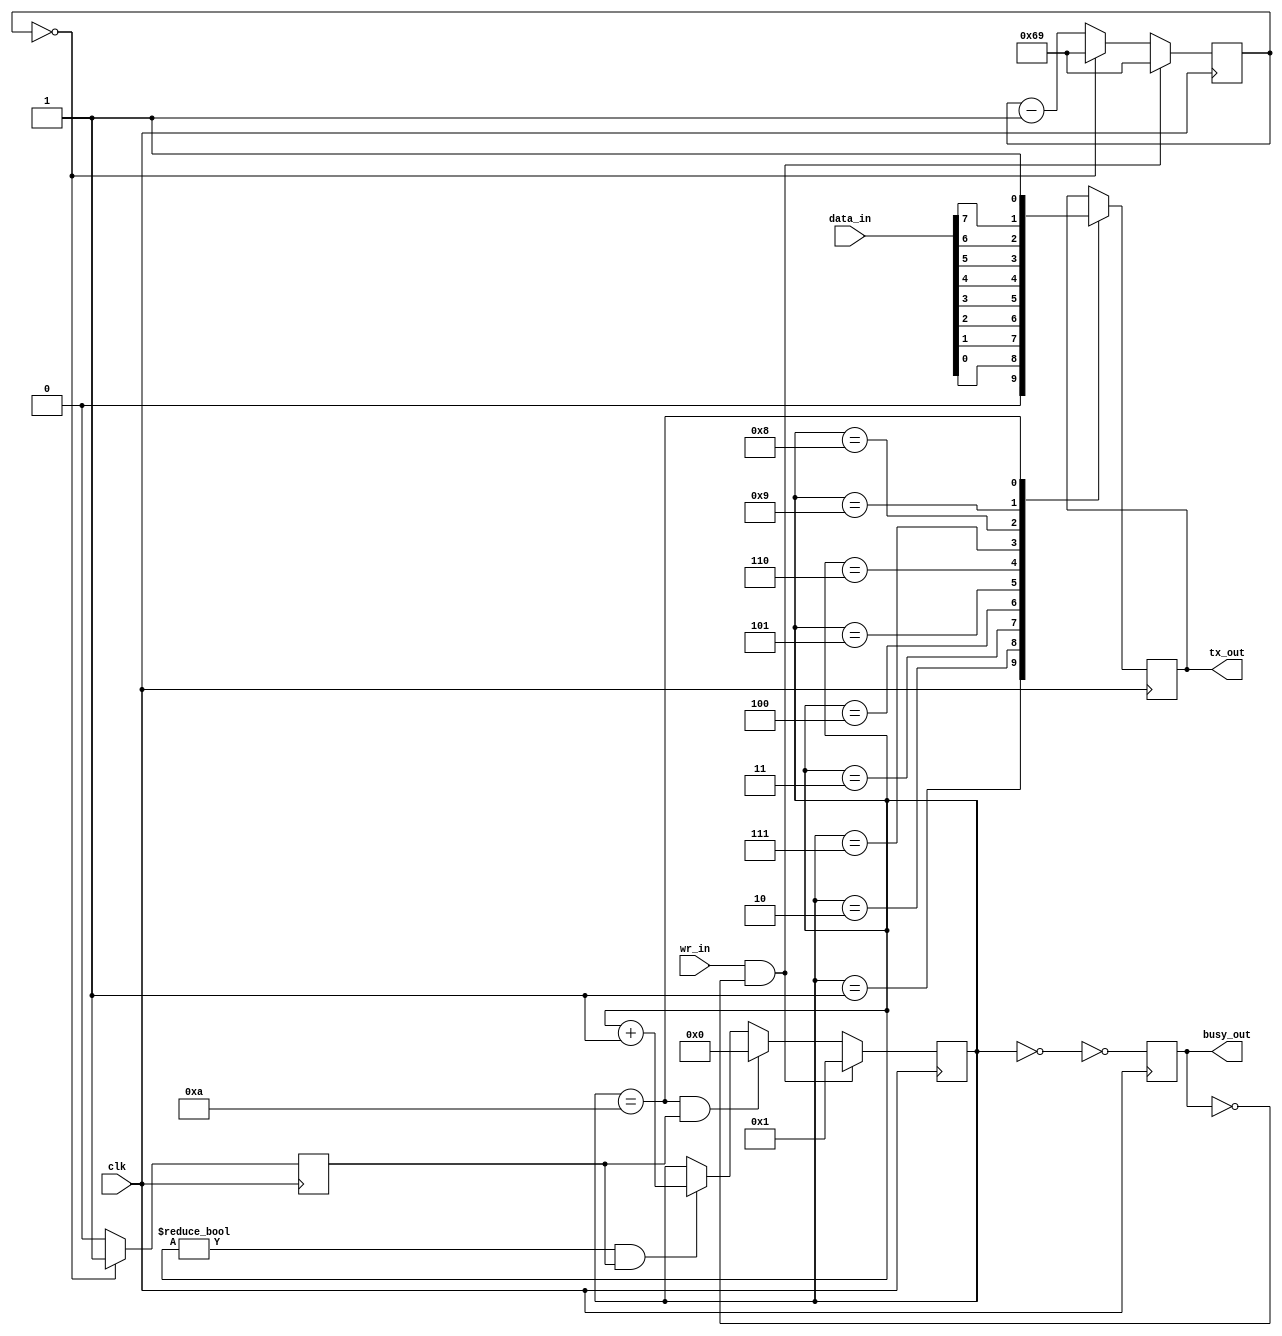
`timescale 1ns / 1ps
`default_nettype none
//////////////////////////////////////////////////////////////////////////////////
// Company: 
// Engineer: 
// 
// Design Name: 
// Module Name: txuart
// Project Name: 
// Target Devices: 
// Tool Versions: 
// Description: 
// 
// Dependencies: 
// 
// Revision:
// Revision 0.01 - File Created
// Additional Comments:
// 
//////////////////////////////////////////////////////////////////////////////////

/* 
    data_in: data inputs
    wr_in: write enable
    tx_out: data outputs
    busy_out: writing in progress
*/

module txuart(clk, wr_in, data_in, tx_out, busy_out);

    input wire clk;
    input wire wr_in;
    input wire [7:0] data_in;
    output reg tx_out;
    output reg busy_out;

/* frequency divider and baud */
    // reg [2:0] count;
    // reg new_clk;

    reg [6:0] baud_count;
    reg baud_stb;

    reg [3:0] state;

    /* parameter baud_rate = 'd115200;
    baud_count = 12Mhz / baud_rate */

    initial tx_out = 'b1;
    initial busy_out = 'b0;

    // initial count = 'b111;
    // initial new_clk = 'b0;
    parameter [6:0] bauds = 'b1101001;
    initial baud_count = bauds;
    initial baud_stb = 'b0;

    initial state = 'b0000;

    always @(posedge clk)
    begin
        // if (wr_in && !busy_out)
        //     count <= 'b111;
        // else
        //     count <= (count == 0) ? 'b111 : count - 'b1;
        // new_clk <= (count == 0) ? 'b1 : 'b0;

        if (wr_in && !busy_out)
            baud_count <= bauds;
        else
            baud_count <= (baud_count == 0) ? bauds : baud_count - 'b1;
        baud_stb <= (baud_count == 0) ? 'b1 : 'b0;
    end

/* update current state */
    always @(posedge clk)
    if (wr_in && !busy_out)
        state <= 'b0001;
    else if ((state == 'b1010) && baud_stb)
        state <= 'b0000;
    else if ((state != 'b0000) && baud_stb)
        state <= state + 'b1;
    else
        state <= state;

/* state actions */
    always @(posedge clk)
    case (state)
    'b0001: tx_out <= 'b0;
    'b0010: tx_out <= data_in[0];
    'b0011: tx_out <= data_in[1];
    'b0100: tx_out <= data_in[2];
    'b0101: tx_out <= data_in[3];
    'b0110: tx_out <= data_in[4];
    'b0111: tx_out <= data_in[5];
    'b1000: tx_out <= data_in[6];
    'b1001: tx_out <= data_in[7];
    'b1010: tx_out <= 'b1;
    default: tx_out <= tx_out;
    endcase

/* outputs wiring */
    always @(posedge clk)
        busy_out <= !(state == 'b0000);

/* formal verification */
`ifdef FORMAL
    reg past_valid;
    initial past_valid = 'b0;
    always @(posedge clk)
    past_valid <= 'b1;

/* check inputs */
    always @(posedge clk)
    if (past_valid && $past(busy_out))
        assert(data_in == $past(data_in));

/* check states */
    always @(posedge clk)
    if (past_valid && $past(wr_in) && !$past(busy_out))
            assert(state <= 'b0001);

    always @(posedge clk)
    if (past_valid && $past(state) == 'b1010 && $past(baud_stb))
            assert(state == 'b0000);

    always @(posedge clk)
    if (past_valid && $past(state) != 'b0000 && $past(state) != 'b1010 && $past(baud_stb) && (!$past(wr_in) || $past(busy_out)))
        assert(state == ($past(state) + 'b1));

    always @(*)
    begin
        case (state)
        'b0000: assert(1);
        'b0001: assert(1);
        'b0010: assert(1);
        'b0011: assert(1);
        'b0100: assert(1);
        'b0101: assert(1);
        'b0110: assert(1);
        'b0111: assert(1);
        'b1000: assert(1);
        'b1001: assert(1);
        'b1010: assert(1);
        default: assert(0);
        endcase
    end

/* check baud */
    always @(posedge clk)
    if (past_valid && $past(wr_in) && !$past(busy_out))
        assert(baud_count == bauds);

    always @(posedge clk)
    if (past_valid && $past(baud_count) == 0)
        assert(baud_count == bauds);

    always @(posedge clk)
    if (past_valid && $past(baud_count) != 0 && (!$past(wr_in) || $past(busy_out)))
        assert(baud_count == ($past(baud_count) - 'b1));

    always @(posedge clk)
    if (past_valid && $past(baud_count == 0))
        assert(baud_stb == 'b1);

/* check outputs */
    always @(posedge clk)
    if (past_valid && $past(baud_stb))
    begin
        case ($past(state))
        'b0000: assert(1);
        'b0001: assert(tx_out == 'b0);
        'b0010: assert(tx_out == data_in[0]);
        'b0011: assert(tx_out == data_in[1]);
        'b0100: assert(tx_out == data_in[2]);
        'b0101: assert(tx_out == data_in[3]);
        'b0110: assert(tx_out == data_in[4]);
        'b0111: assert(tx_out == data_in[5]);
        'b1000: assert(tx_out == data_in[6]);
        'b1001: assert(tx_out == data_in[7]);
        'b1010: assert(tx_out == 'b1);
        default: assert(0);
        endcase
    end

    always @(posedge clk)
    if (past_valid)
        assert(busy_out == !($past(state) == 'b0000));

/* check frequency divider */
    // always @(*)
    // cover(count == 0);
    // cover(new_clk == 1);
`endif
    
endmodule